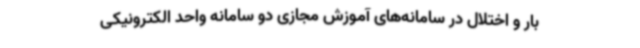
بار و اختلال در سامانه‌های آموزش مجازی دو سامانه واحد الکترونیکی